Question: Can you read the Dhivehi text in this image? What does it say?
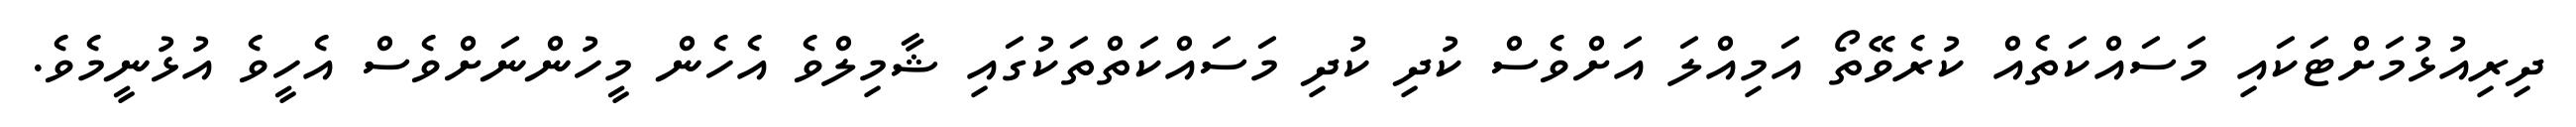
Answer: ދިރިއުޅުމަށްޓަކައި މަސައްކަތެއް ކުރެވޭތޯ އަމިއްލަ އަށްވެސް ކުދި ކުދި މަސައްކަތްތަކުގައި ޝާމިލްވެ އެހެން މީހުންނަށްވެސް އެހީވެ އުޅުނީމެވެ.